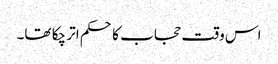
اس وقت حجاب کا حکم اتر چکا تھا۔